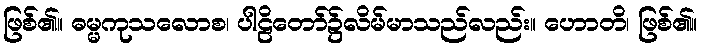
ဖြစ်၏။ ဓမ္မကုသလောစ၊ ပါဠိတော်၌လိမ်မာသည်လည်း။ ဟောတိ၊ ဖြစ်၏။